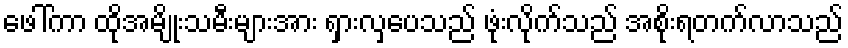
ဖေါ်ကာ ထိုအမျိုးသမီးများအား ရှားလှပေသည် ဖုံးလိုက်သည် အစိုးရတက်လာသည်